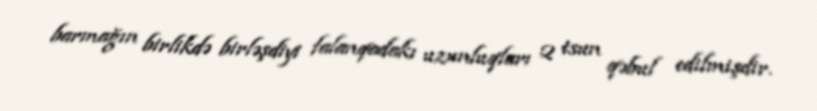
barmağın birlikdə birləşdiyi falanqadakı uzunluqları 2 tsun qəbul edilmişdir.